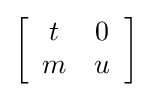
\left[{\begin{array}{cc}t&0\\m&u\\\end{array}}\right]